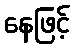
နေဖြင့်